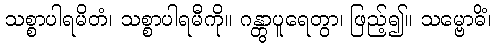
သစ္စာပါရမိတံ၊ သစ္စာပါရမီကို။ ဂန္တွာပူရေတွာ၊ ဖြည့်၍။ သမ္ဗောဓိံ၊